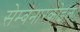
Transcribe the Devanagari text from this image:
सेम्बनारकोइल